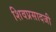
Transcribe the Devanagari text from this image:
शिवप्रसादजी